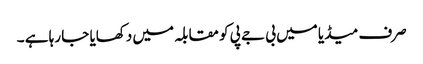
صرف میڈیا میں بی جے پی کو مقابلہ میں دکھایا جا رہا ہے ۔